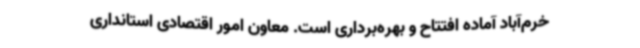
خرم‌آباد آماده افتتاح و بهره‌برداری است. معاون امور اقتصادی استانداری